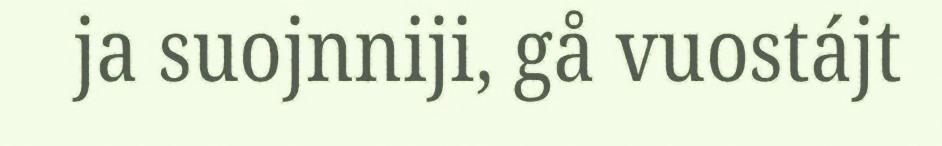
ja suojnniji, gå vuostájt